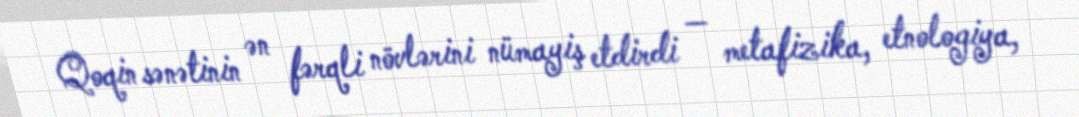
Qoqin sənətinin ən fərqli növlərini nümayiş etdirdi — metafizika, etnologiya,